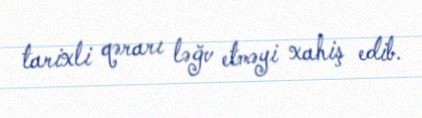
tarixli qərarı ləğv etməyi xahiş edib.